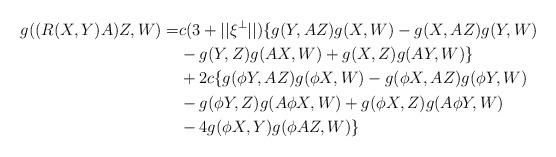
LaTeX: \begin{align*}g((R(X,Y)A)Z,W)=&c(3+||\xi^\perp||)\{g(Y,AZ)g(X,W)-g(X,AZ)g(Y,W)\\ &-g( Y,Z)g(AX,W)+g(X,Z)g(AY,W)\}\\ &+2c\{g(\phi Y,AZ)g(\phi X,W)-g(\phi X,AZ)g(\phi Y,W)\\ & -g(\phi Y,Z)g(A\phi X,W)+g(\phi X,Z)g(A\phi Y,W)\\& -4g(\phi X,Y)g(\phi AZ,W)\}\end{align*}